Calcutta medical institutions reports 1892-1900
Year: 1892
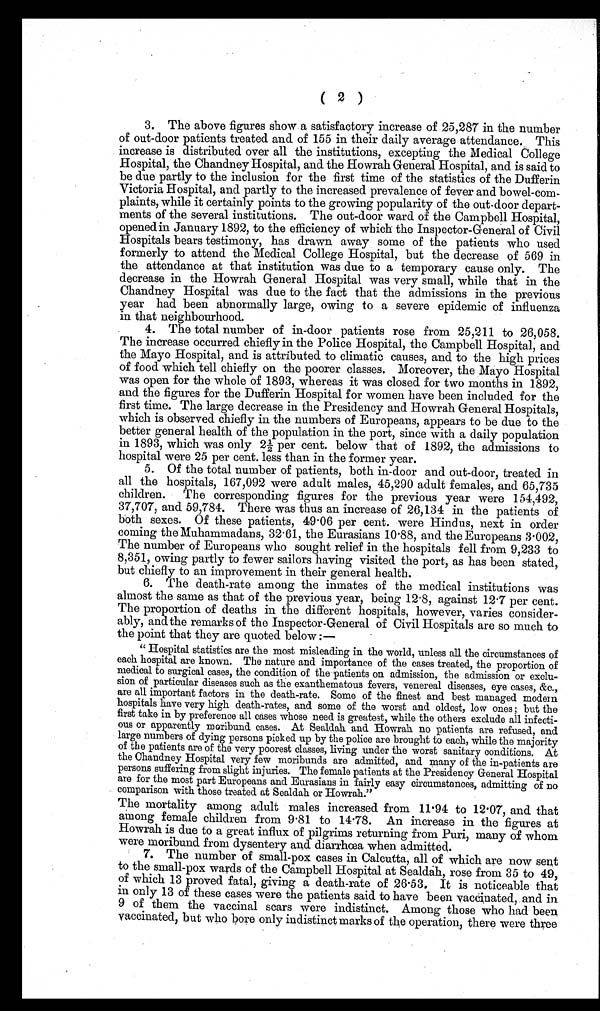
( 2 )
3. The above figures show a satisfactory increase of 25,287 in the number
of out-door patients treated and of 155 in their daily average attendance. This
increase is distributed over all the institutions, excepting the Medical College
Hospital, the Chandney Hospital, and the Howrah General Hospital, and is said to
be due partly to the inclusion for the first time of the statistics of the Dufferin
Victoria Hospital, and partly to the increased prevalence of fever and bowel-com-
p l a i n t s , w h i l e i t c e r t a i n l y p o i n t s t o t h e g r o w i n g p o p u l a r i t y o f t h e o u t - d o o r d e p a r t -
ments of the several institutions. The out-door ward of the Campbell Hospital,
opened in January 1892, to the efficiency of which the Inspector-General of Civil
Hospitals bears testimony, has drawn away some of the patients who used
formerly to attend the Medical College Hospital, but the decrease of 569 in
the attendance at that institution was due to a temporary cause only. The
decrease in the Howrah General Hospital was very small, while that in the
Chandney Hospital was due to the fact that the admissions in the previous
year had been abnormally large, owing to a severe epidemic of influenza
in that neighbourhood.
4. The total number of in-door patients rose from 25,211 to 26,058.
The increase occurred chiefly in the Police Hospital, the Campbell Hospital, and
the Mayo Hospital, and is attributed to climatic causes, and to the high prices
of food which tell chiefly on the poorer classes. Moreover, the Mayo Hospital
was open for the whole of 1893, whereas it was closed for two months in 1892,
and the figures for the Dufferin Hospital for women have been included for the
first time. The large decrease in the Presidency and Howrah General Hospitals,
which is observed chiefly in the numbers of Europeans, appears to be due to the
better general health of the population in the port, since with a daily population
i n 1893, whi ch was onl y 21/ 2 per cent . bel ow t hat of 1892, t he admi s s i ons t o
hospital were 25 per cent. less than in the former year.
5. Of the total number of patients, both in-door and out-door, treated in
all the hospitals, 167,092 were adult males, 45,290 adult females, and 65,735
children. The corresponding figures for the previous year were 154,492,
37,707, and 59,784. There was thus an increase of 26,134 in the patients of
both sexes. Of these patients, 49 .06 per cent. were Hindus, next in order
coming the Muhammadans, 32 .61, the Eurasians 10.88, and the Europeans 3.002,
The number of Europeans who sought relief in the hospitals fell from 9,233 to
8,351, owing partly to fewer sailors having visited the port, as has been stated,
but chiefly to an improvement in their general health.
6. The death-rate among the inmates of the medical institutions was
almost the same as that of the previous year, being 12 .8, against 12 .7 per cent.
The proportion of deaths in the different hospitals, however, varies consider-
ably, and the remarks of the Inspector-General of Civil Hospitals are so much to
the point that they are quoted below :—
" Hospital statistics are the most misleading in the world, unless all the circumstances of
each hospital are known. The nature and importance of the cases treated, the proportion of
medical to surgical cases, the condition of the patients on admission, the admission or exclu-
sion of particular diseases such as the exanthematous fevers, venereal diseases, eye cases, &c.,
are all important factors in the death-rate. Some of the finest and best managed modern
hospitals have very high death-rates, and some of the worst and oldest, low ones ; but the
first take in by preference all cases whose need is greatest, while the others exclude all infecti-
ous or apparently moribund cases. At Sealdah and Howrah no patients are refused, and
large numbers of dying persons picked up by the police are brought to each, while the majority
of the patients are of the very poorest classes, living under the worst sanitary conditions. At
the Chandney Hospital very few moribunds are admitted, and many of the in-patients are
persons suffering from slight injuries. The female patients at the Presidency General Hospital
are for the most part Europeans and Eurasians in fairly easy circumstances, admitting of no
comparison with those treated at Sealdah or Howrah."
The mortality among adult males increased from 11 .94 to 12 .07, and that
among female children from 9 .81 to 14.78. An increase in the figures at
Howrah is due to a great influx of pilgrims returning from Puri, many of whom
were moribund from dysentery and diarrhœa when admitted.
'T. The number of small-pox cases in Calcutta, all of which are now sent
to the small-pox wards of the Campbell Hospital at Sealdah, rose from 35 to 49,
of which 13 proved fatal, giving a death-rate of 26 .53. It is noticeable that
in only 13 of these cases were the patients said to have been vaccinated, and in
9 of them the vaccinal scars were indistinct. Among those who had been
vaccinated, but who bore only indistinct marks of the operation, there were three